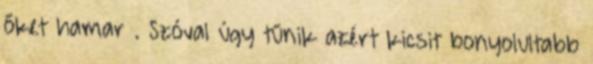
őket hamar . Szóval úgy tűnik azért kicsit bonyolultabb